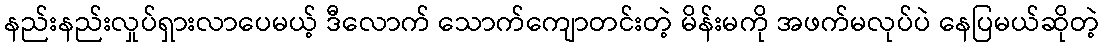
နည်းနည်းလှုပ်ရှားလာပေမယ့် ဒီလောက် သောက်ကျောတင်းတဲ့ မိန်းမကို အဖက်မလုပ်ပဲ နေပြမယ်ဆိုတဲ့